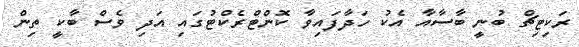
ރަކިޓިޗް ބުނީ ބާސާއާ އެކު ހަދާފައިވާ ކޮންޓްރެކްޓުގައި އަދި ވެސް ބާކީ ތިން